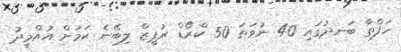
ހަފްތާ ބަނދުގައި 40 ނުވަތަ 50 ކްރޯޑް ރުޕީޒް ލިބޭނެ ކަމަށް އުއްމީދު